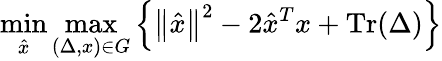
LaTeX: \operatorname*{min}_{\hat{x}}\operatorname*{max}_{(\Delta,x)\in G}\left\{ \left\| {\hat{x}}\right\| ^{2}-2{\hat{x}}^{T}x+\operatorname{Tr}(\Delta)\right\}